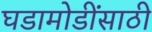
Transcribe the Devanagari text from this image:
घडामोडींसाठी